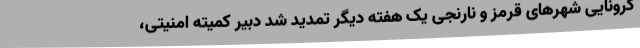
کرونایی شهرهای قرمز و نارنجی یک هفته دیگر تمدید شد دبیر کمیته امنیتی،